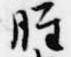
脛